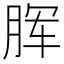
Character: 𣍯